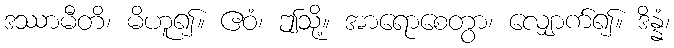
ဒဿာမီတိ၊ မိဟူ၍။ ဧဝံ၊ ဤသို့။ အာရောစေတွာ၊ လျှောက်၍။ ဒိန္နံ၊